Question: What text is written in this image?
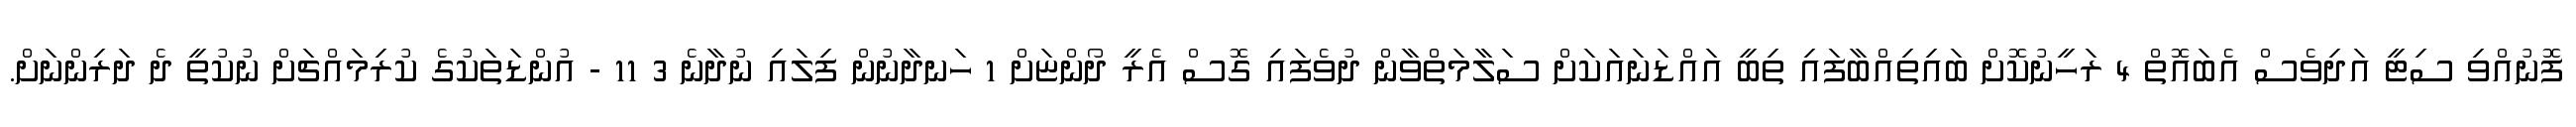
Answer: ފޮނުއްވި ސިޓީ އަދިވެސް އެބައޮތް 4 ރަހީނުކޮށް ބައިތިއްބާފައި ތިބީ އައްޑަނައަކަށް ސަލާމަތްވާން ދުވެފައި ގޮސް އެރީ ދޯންޏަށް 1 ހަނދާނުން ފިލައި ނުދާނެ 3 11 - އުންޑަތަކުގެ ކުރިމައްޗަށް ނުކުތީ ދެ ދަރިންނަށް.